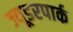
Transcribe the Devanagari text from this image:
ज्यूडरपार्क